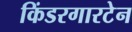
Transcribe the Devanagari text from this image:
किंडरगारटेन